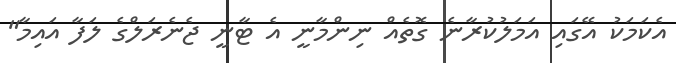
އެކަމަކު އޭގައި އަމަލުކުރާނެ ގޮތެއް ނިންމާނީ އެ ޓާނީ ޖެނެރަލްގެ ލަފާ އައިމާ"